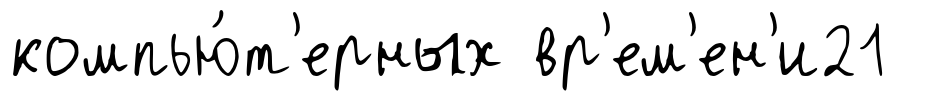
компью́т'ерных вр'ем'ен'и21